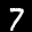
Label: 7